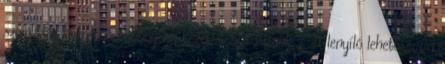
számlázás közben is többnyelvű kezelést biztosítunk. A lenyíló lehetőséggel